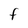
Character: f